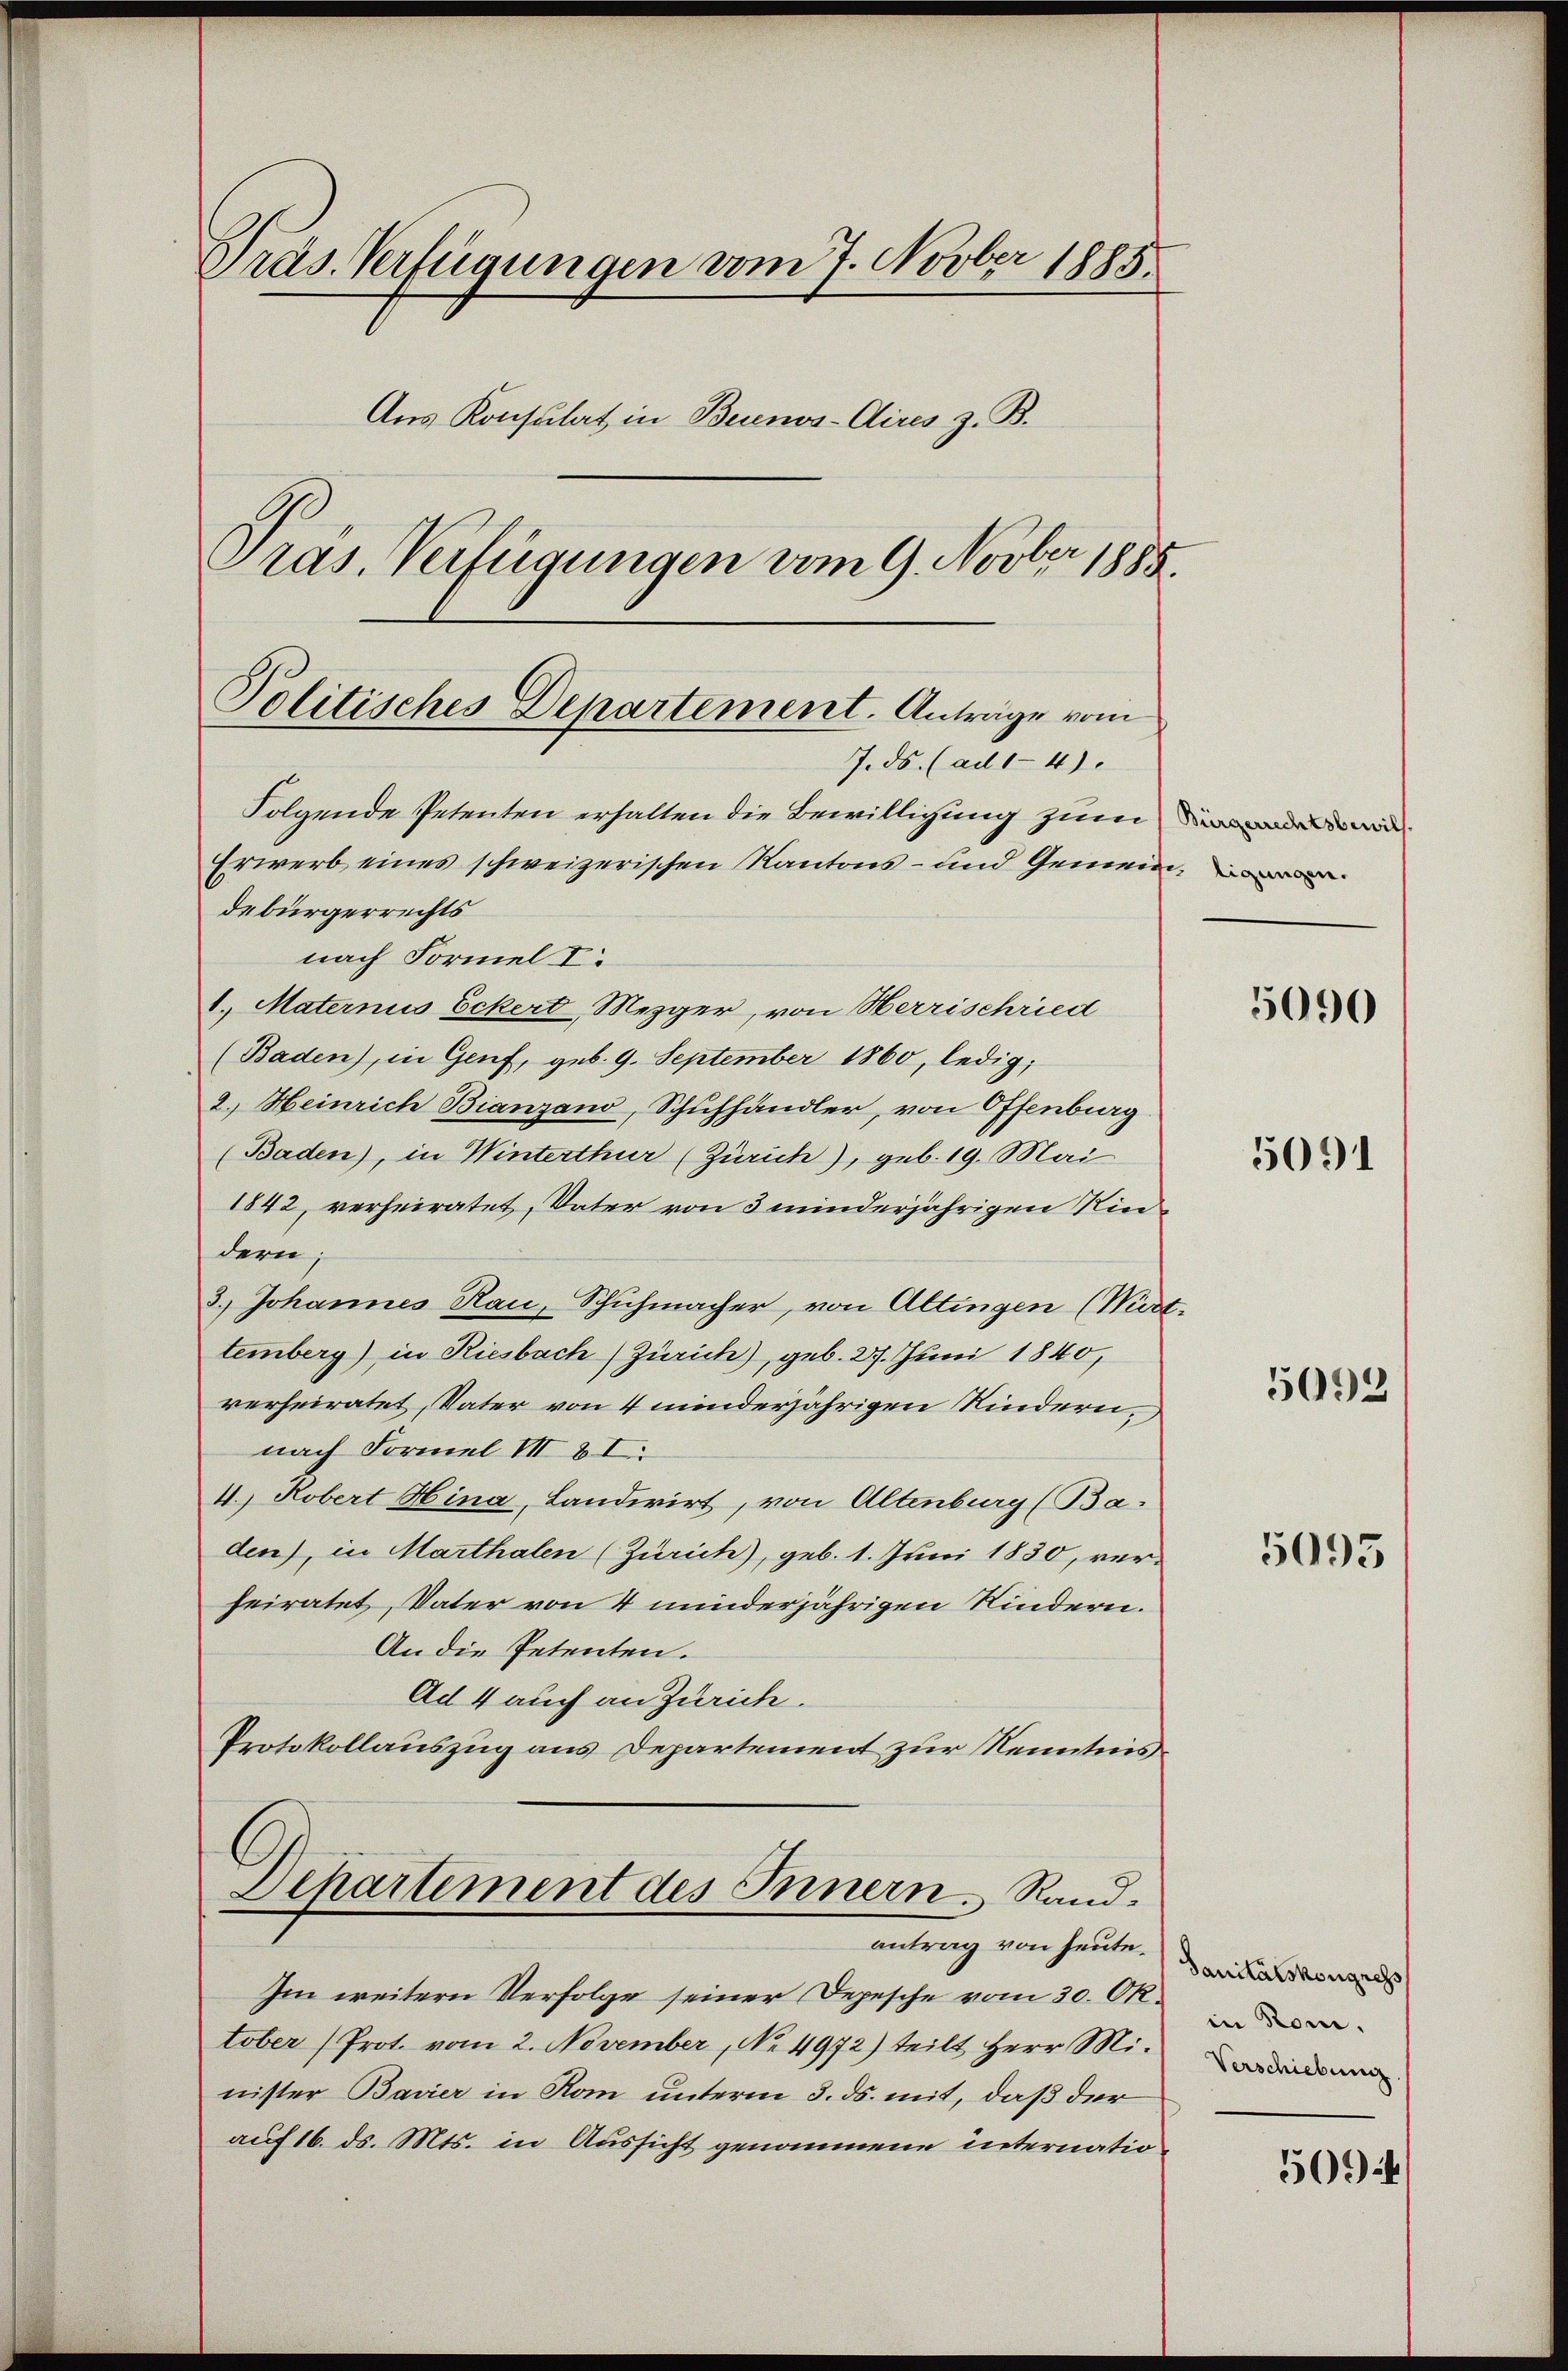
Präs. Verfügungen vom 7. Novber 1885.
Aus Konsulat in Beunos-Aires z. B.
Pras. Verfügungen vom 9. Novber 1885

Folgende Petenten erhalten die Bewilligung zum
Erwerb eines schweizerischen Kantons- und Gemeindebürgerrechts
nach Formel I
1. Maternis Eckert Mezger, von Herrischried
(Baden), in Genf, geb. 9. September 1860, ledig;
2.) Heinrich Bianzano, Schuhhändler, von Offenburg
(Baden), in Winterthur (Zürich), geb. 19. Mai
1842, verheiratet, Vater von 3 minderjährigen Rinddern;
3.) Johannes Rau, Schuhmacher, von Altingen (Wert.
temberg) in Riesbach Zürich), geb. 27. Juni 1840,
verheiratet, Vater von 4 minderjährigen Kindern,
nach Formel III 81.
4.) Robert Hina, Landwirt, von Altenburg (Baden), in Marthalen (Zürich), geb. 1. Juni 1830, ver-
heiratet, Vater von 4 minderjährigen Kindern.
An die Petenten.
Ad 4 auch an Zürich.
Protokollauszug aus Departement zur Renntnis
Departement des Innern. Randantrag von heute Sanitas vorgele
Im weitern Verfolge seiner Depesche vom 30. Oktober (Prot. vom 2. November, No. 4972) teilt Herr Minister Bavier in Rom unterm 3. ds. mit, daß der
auf 16. ds. Mts. in Aussicht genommene internatio

Politisches Departement. Anträge vom
7. ds. (ad1-4)

5090

5091

5092

5095

in Rom.
Verschiebung

50944